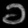
Digit: ၁